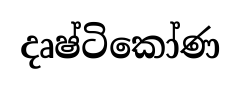
දෘෂ්ටිකෝණ